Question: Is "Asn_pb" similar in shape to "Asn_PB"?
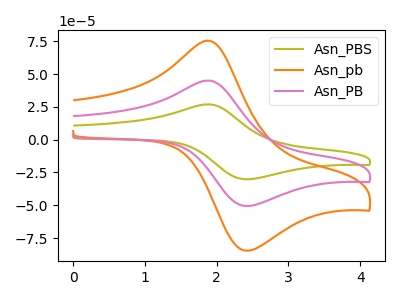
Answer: <think>The olive curve "Asn_PBS" has an anodic peak at (1.90V, 90.05uA) and a cathodic peak at (2.40V, -101.20uA). The orange curve "Asn_pb" has an anodic peak at (1.90V, 75.35uA) and a cathodic peak at (2.40V, -84.70uA). The pink curve "Asn_PB" has an anodic peak at (1.90V, 45.00uA) and a cathodic peak at (2.40V, -50.60uA).
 All the peaks in "Asn_pb" have a peak in "Asn_PB" at the same potential. Every peak in "Asn_pb" is higher than every peak in "Asn_PB".</think>
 <answer>"Asn_pb" and "Asn_PB" are similar in shape.</answer>
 <eval>same_shape</eval>